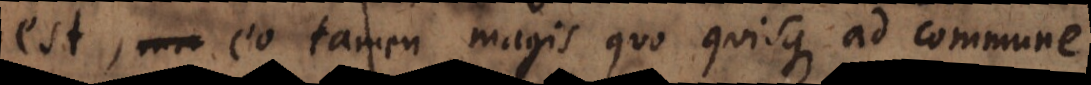
est, eo tamen magis quo quisque ad commune